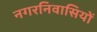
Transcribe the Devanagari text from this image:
नगरनिवासियों